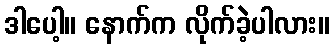
ဒါပေါ့။ နောက်က လိုက်ခဲ့ပါလား။